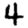
Digit: 4